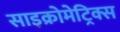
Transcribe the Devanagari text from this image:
साइक्रोमेट्रिक्स